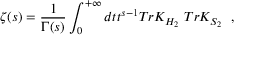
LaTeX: \zeta ( s ) = { \frac { 1 } { \Gamma ( s ) } } \int _ { 0 } ^ { + \infty } d t t ^ { s - 1 } T r K _ { H _ { 2 } } ~ T r K _ { S _ { 2 } } ~ ~ ,